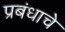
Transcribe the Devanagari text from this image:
प्रबंधाचे